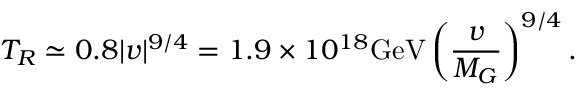
T _ { R } \simeq 0 . 8 | v | ^ { 9 / 4 } = 1 . 9 \times 1 0 ^ { 1 8 } \mathrm { G e V } \left( \frac { v } { M _ { G } } \right) ^ { 9 / 4 } .